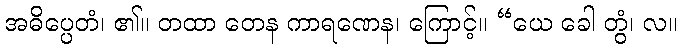
အဓိပ္ပေတံ၊ ၏။ တထာ တေန ကာရဏေန၊ ကြောင့်။ “ယေ ခေါ တွံ၊ လ။